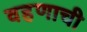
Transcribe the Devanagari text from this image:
वहणाची